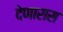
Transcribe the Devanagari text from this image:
देणारास